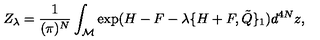
Z _ { \lambda } = \frac { 1 } { ( \pi ) ^ { N } } \int _ { { \cal M } } \exp ( H - F - \lambda \{ H + F , { \tilde { Q } \} _ { 1 } } ) d ^ { 4 N } z ,